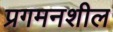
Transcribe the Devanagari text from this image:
प्रगमनशील